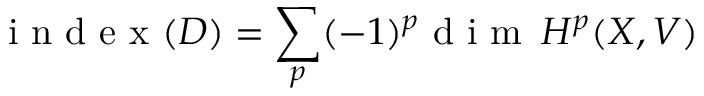
{ \textrm { i n d e x } } ( D ) = \sum _ { p } ( - 1 ) ^ { p } { \textrm { d i m } } \, H ^ { p } ( X , V )